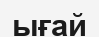
ығай